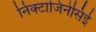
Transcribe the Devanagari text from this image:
निक्टाजिनेसिई